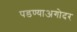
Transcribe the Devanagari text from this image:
पडण्याअगोदर